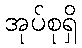
အုပ်စုရှိ